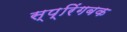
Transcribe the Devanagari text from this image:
स्प्रिंगबक